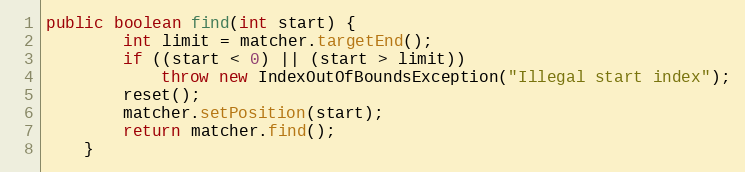
Language: Java
public boolean find(int start) {
        int limit = matcher.targetEnd();
        if ((start < 0) || (start > limit))
            throw new IndexOutOfBoundsException("Illegal start index");
        reset();
        matcher.setPosition(start);
        return matcher.find();
    }